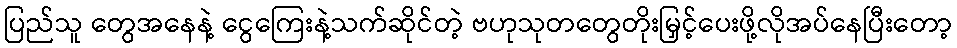
ပြည်သူ တွေအနေနဲ့ ငွေကြေးနဲ့သက်ဆိုင်တဲ့ ဗဟုသုတတွေတိုးမြှင့်ပေးဖို့လိုအပ်နေပြီးတော့